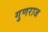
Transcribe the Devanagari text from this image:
गुणराज